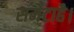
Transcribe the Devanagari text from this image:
समेटाहै।